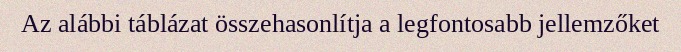
Az alábbi táblázat összehasonlítja a legfontosabb jellemzőket